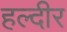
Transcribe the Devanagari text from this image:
हल्दीर